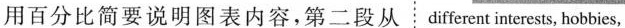
用百分比简要说明图表内容，第二段从 different interests，hobbies，